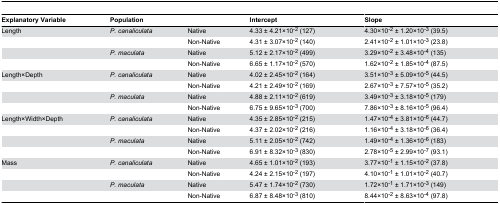
<table><thead><tr><td><b>Explanatory Variable</b></td><td colspan="2"><b>Population</b></td><td><b>Intercept</b></td><td><b>Slope</b></td></tr></thead><tbody><tr><td>Length</td><td><i>P. canaliculata</i></td><td>Native</td><td>4.33 ± 4.21×10<sup>-2</sup> (127)</td><td>4.30×10<sup>-2</sup> ± 1.20×10<sup>-3</sup> (39.5)</td></tr><tr><td></td><td></td><td>Non-Native</td><td>4.31 ± 3.07×10<sup>-2</sup> (140)</td><td>2.41×10<sup>-2</sup> ± 1.01×10<sup>-3</sup> (23.8)</td></tr><tr><td></td><td><i>P. maculata</i></td><td>Native</td><td>5.12 ± 2.17×10<sup>-2</sup> (499)</td><td>3.29×10<sup>-2</sup> ± 3.48×10<sup>-4</sup> (135)</td></tr><tr><td></td><td></td><td>Non-Native</td><td>6.65 ± 1.17×10<sup>-2</sup> (570)</td><td>1.62×10<sup>-2</sup> ± 1.85×10<sup>-4</sup> (87.5)</td></tr><tr><td>Length×Depth</td><td><i>P. canaliculata</i></td><td>Native</td><td>4.02 ± 2.45×10<sup>-2</sup> (164)</td><td>3.51×10<sup>-3</sup> ± 5.09×10<sup>-5</sup> (44.5)</td></tr><tr><td></td><td></td><td>Non-Native</td><td>4.21 ± 2.49×10<sup>-2</sup> (169)</td><td>2.67×10<sup>-3</sup> ± 7.57×10<sup>-5</sup> (35.2)</td></tr><tr><td></td><td><i>P. maculata</i></td><td>Native</td><td>4.88 ± 2.11×10<sup>-2</sup> (619)</td><td>3.49×10<sup>-3</sup> ± 3.18×10<sup>-5</sup> (179)</td></tr><tr><td></td><td></td><td>Non-Native</td><td>6.75 ± 9.65×10<sup>-3</sup> (700)</td><td>7.86×10<sup>-3</sup> ± 8.16×10<sup>-5</sup> (96.4)</td></tr><tr><td>Length×Width×Depth</td><td><i>P. canaliculata</i></td><td>Native</td><td>4.35 ± 2.85×10<sup>-2</sup> (215)</td><td>1.47×10<sup>-4</sup> ± 3.81×10<sup>-6</sup> (44.7)</td></tr><tr><td></td><td></td><td>Non-Native</td><td>4.37 ± 2.02×10<sup>-2</sup> (216)</td><td>1.16×10<sup>-4</sup> ± 3.18×10<sup>-6</sup> (36.4)</td></tr><tr><td></td><td><i>P. maculata</i></td><td>Native</td><td>5.11 ± 2.05×10<sup>-2</sup> (742)</td><td>1.49×10<sup>-4</sup> ± 1.36×10<sup>-6</sup> (183)</td></tr><tr><td></td><td></td><td>Non-Native</td><td>6.91 ± 8.32×10<sup>-3</sup> (830)</td><td>2.78×10<sup>-5</sup> ± 2.99×10<sup>-7</sup> (93.1)</td></tr><tr><td>Mass</td><td><i>P. canaliculata</i></td><td>Native</td><td>4.65 ± 1.01×10<sup>-2</sup> (193)</td><td>3.77×10<sup>-1</sup> ± 1.15×10<sup>-2</sup> (37.8)</td></tr><tr><td></td><td></td><td>Non-Native</td><td>4.24 ± 2.15×10<sup>-2</sup> (197)</td><td>4.10×10<sup>-1</sup> ± 1.01×10<sup>-2</sup> (40.7)</td></tr><tr><td></td><td><i>P. maculata</i></td><td>Native</td><td>5.47 ± 1.74×10<sup>-2</sup> (730)</td><td>1.72×10<sup>-1</sup> ± 1.71×10<sup>-3</sup> (149)</td></tr><tr><td></td><td></td><td>Non-Native</td><td>6.87 ± 8.48×10<sup>-3</sup> (810)</td><td>8.44×10<sup>-2</sup> ± 8.63×10<sup>-4</sup> (97.8)</td></tr></tbody></table>